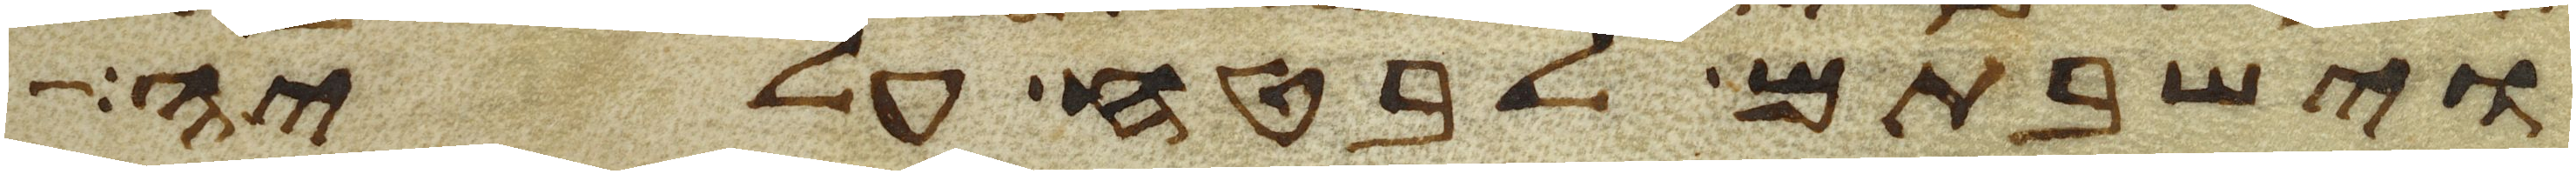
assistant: וישבתם לבטח עליה